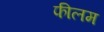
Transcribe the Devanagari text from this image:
फीलम